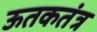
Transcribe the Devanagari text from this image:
ऊतकतंत्र